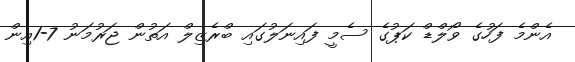
އެންމެ ފަހުގެ ވޯލްޑް ކަޕުގެ ސެމީ ފައިނަލުގައި ބްރެޒިލް އަތުން ޖަރުމަނު 7-1އިން